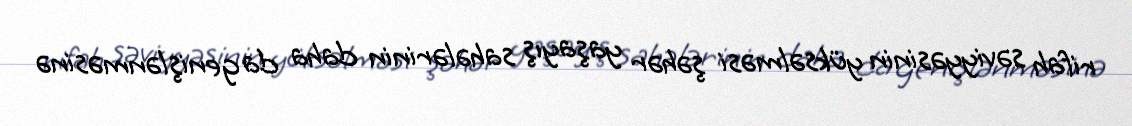
rifah səviyyəsinin yüksəlməsi şəhər yaşayış sahələrinin daha da genişlənməsinə